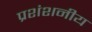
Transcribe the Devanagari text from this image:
प्रशंशनीय